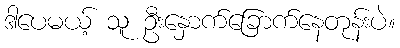
ဒါပေမယ့် သူ ဦးနှောက်ခြောက်နေတုန်းပဲ။